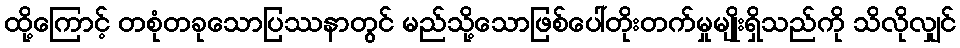
ထို့ကြောင့် တစုံတခုသောပြဿနာတွင် မည်သို့သောဖြစ်ပေါ်တိုးတက်မှုမျိုးရှိသည်ကို သိလိုလျှင်